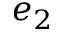
e _ { 2 }